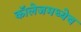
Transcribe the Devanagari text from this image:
कॉलेजमध्येच